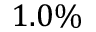
1 . 0 \%